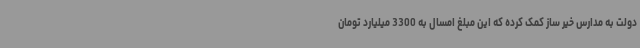
دولت به مدارس خیر ساز کمک کرده که این مبلغ امسال به 3300 میلیارد تومان